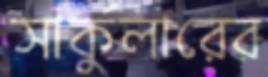
সার্কুলারের